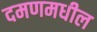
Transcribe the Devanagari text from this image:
दमणमधील